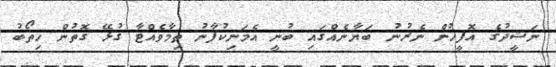
ނަޝީދުގެ އޮފީހުން ނެރުނު ބަޔާނެއްގައި ބުނީ އެމަނިކުފާނު ތިމާވެއްޓާ ގުޅޭ ގޮތުން ހިތޯބު